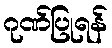
ဂုဏ်ပြုရန်